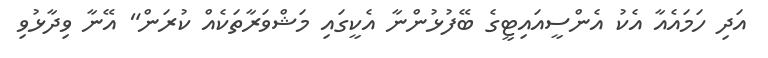
އަދި ހަމައެއާ އެކު އެންސީއައިޓީގެ ބޭފުޅުންނާ އެކީގައި މަޝްވަރާތަކެއް ކުރަން" އޭނާ ވިދާޅުވި